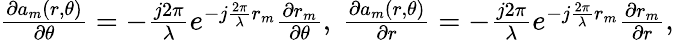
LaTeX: \begin{array}{r}{\frac{{\partial{a_{m}}(r,\theta)}}{{\partial\theta}}=-{\frac{{j2\pi}}{\lambda}}{e^{-j\frac{{2\pi}}{\lambda}{r_{m}}}}\frac{{\partial{r_{m}}}}{{\partial\theta}},~\frac{{\partial{a_{m}}(r,\theta)}}{{\partial r}}=-{\frac{{j2\pi}}{\lambda}}{e^{-j\frac{{2\pi}}{\lambda}{r_{m}}}}\frac{{\partial{r_{m}}}}{{\partial r}},}\end{array}